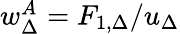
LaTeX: \begin{array}{r}{w_{\Delta}^{A}=F_{1,\Delta}/u_{\Delta}}\end{array}